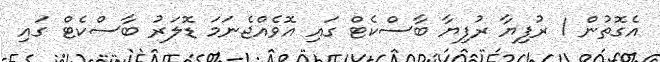
އެގޮތުން 1 ރުފިޔާ ރުފިޔާ ބާސްކެޓް ގައި އޮވެއްޖެނަމަ ޑޮލަރު ބާސްކެޓް ގައި